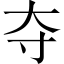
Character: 夺